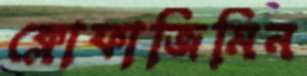
ক্লোফাজিমিন